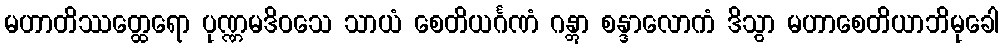
မဟာတိဿတ္ထေရော ပုဏ္ဏမဒိဝသေ သာယံ စေတိယင်္ဂဏံ ဂန္တွာ စန္ဒာလောကံ ဒိသွာ မဟာစေတိယာဘိမုခေါ